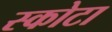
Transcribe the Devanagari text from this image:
स्कोटा